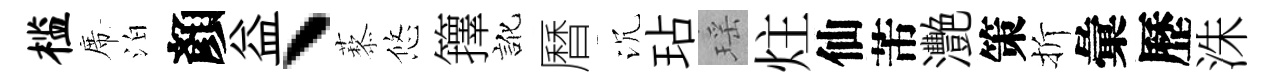
槛席泊顏益丶藜悠籜訛曆沉玷瑶炷仙芾灧策折彙歷洙